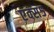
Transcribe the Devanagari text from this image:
एक्स५